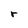
Character: r